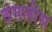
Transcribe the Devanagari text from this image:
दंगलीस